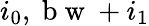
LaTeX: i_{0},\mathrm{~b~w~}+i_{1}